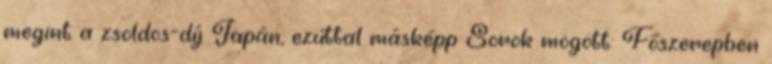
megint a zsoldos-díj Japán, ezúttal másképp Sorok mögött: Főszerepben